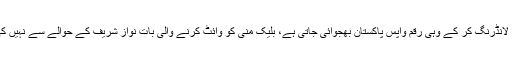
انہوں نے کہا کہ بلیک منی کو وائٹ کرنے کے لیے منی لانڈرنگ کی جاتی ہے، منی لانڈرنگ کر کے وہی رقم واپس پاکستان بھجوائی جاتی ہے، بلیک منی کو وائٹ کرنے والی بات نواز شریف کے حوالے سے نہیں کی بلکہ رحمان ملک کی رپورٹ میں حوالہ اور ہنڈی سے رقم باہر بھیجنے کا ذکر ہے۔